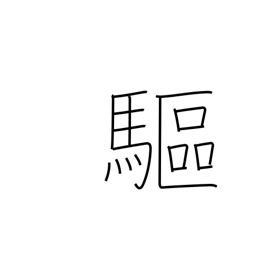
Meaning: expel